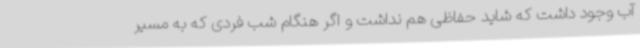
آب وجود داشت که شاید حفاظی هم نداشت و اگر هنگام شب فردی که به مسیر